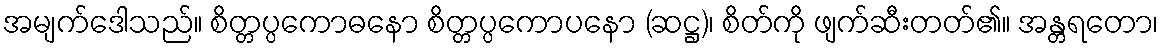
အမျက်ဒေါသည်။ စိတ္တပ္ပကောဓနော စိတ္တပ္ပကောပနော (ဆဋ္ဌ)၊ စိတ်ကို ဖျက်ဆီးတတ်၏။ အန္တရတော၊